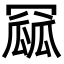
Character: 𮊏